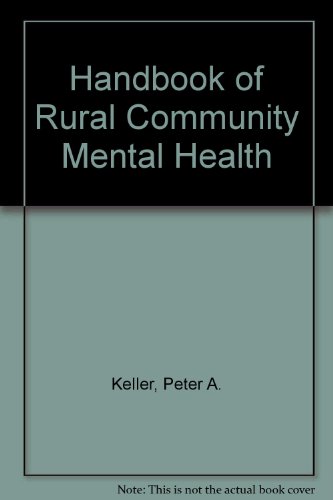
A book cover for Handbook of Rural Community Mental Health; Medical Books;